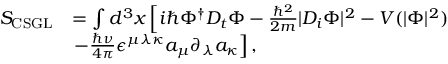
\begin{array} { r l } { S _ { \mathrm { C S G L } } } & { = \int d ^ { 3 } x \left[ i \hbar \Phi ^ { \dagger } D _ { t } \Phi - \frac { \hbar ^ { 2 } } { 2 m } | D _ { i } \Phi | ^ { 2 } - V ( | \Phi | ^ { 2 } ) \right. } \\ & { \left. - \frac { \hbar \nu } { 4 \pi } \epsilon ^ { \mu \lambda \kappa } a _ { \mu } \partial _ { \lambda } a _ { \kappa } \right] , } \end{array}